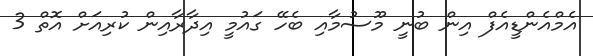
އެމްއެންޑީއެފް އިން ބުނީ މޫސުމާއި ބެހޭ ގައުމީ އިދާރާއިން ކުރިއަށް އޮތް 3